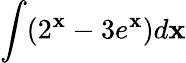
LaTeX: \int(2^{\mathbf{x}}-3e^{\mathbf{x}})d\mathbf{x}